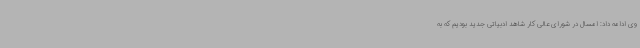
وی ادامه داد: امسال در شورای عالی کار شاهد ادبیاتی جدید بودیم که به